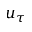
u _ { \tau }